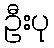
ဦးပု